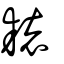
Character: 耲